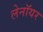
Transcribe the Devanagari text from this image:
लेनॉयर